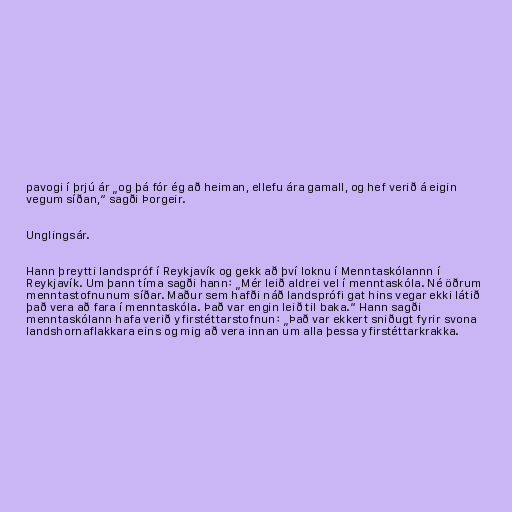
pavogi í þrjú ár „og þá fór ég að heiman, ellefu ára gamall, og hef verið á eigin
vegum síðan,“ sagði Þorgeir.

Unglingsár.

Hann þreytti landspróf í Reykjavík og gekk að því loknu í Menntaskólannn í
Reykjavík. Um þann tíma sagði hann: „Mér leið aldrei vel í menntaskóla. Né öðrum
menntastofnunum síðar. Maður sem hafði náð landsprófi gat hins vegar ekki látið
það vera að fara í menntaskóla. Það var engin leið til baka.“ Hann sagði
menntaskólann hafa verið yfirstéttarstofnun: „Það var ekkert sniðugt fyrir svona
landshornaflakkara eins og mig að vera innan um alla þessa yfirstéttarkrakka.